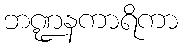
ဘဏ္ဍနကာရိကာ